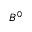
B ^ { 0 }